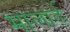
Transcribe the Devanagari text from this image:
मालार्द